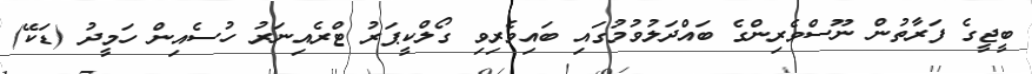
ބީޖީގެ ފަރާތުން ނޫސްވެރިންގެ ބައްދަލުވުމުގައި ބައިވެރިވި ގޯލްކީޕަރު ޓްރެއިނަރު ހުސެއިން ހަމީދު (ޑަކޭ)